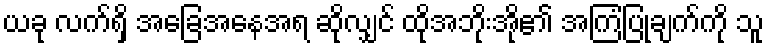
ယခု လက်ရှိ အခြေအနေအရ ဆိုလျှင် ထိုအဘိုးအို၏ အကြံပြုချက်ကို သူ